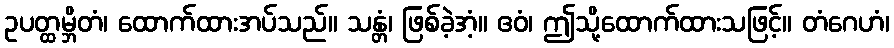
ဥပတ္ထမ္ဘိတံ၊ ထောက်ထားအပ်သည်။ သန္တံ၊ ဖြစ်ခဲ့အံ့။ ဧဝံ၊ ဤသို့ထောက်ထားသဖြင့်။ တံဂေဟံ၊